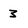
Character: 3